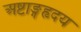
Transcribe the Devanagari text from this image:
अष्टाङ्गहृदय